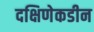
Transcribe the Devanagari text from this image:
दक्षिणेकडीन